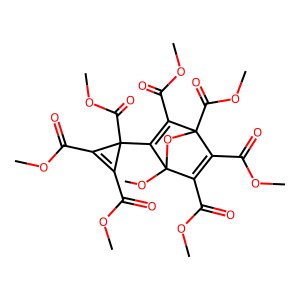
SMILES: COC(=O)C1=C(C(=O)OC)C2(C(=O)OC)OC1(OC)C(C1(C(=O)OC)C(C(=O)OC)=C1C(=O)OC)=C2C(=O)OC
Inhibits HIV replication: No